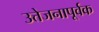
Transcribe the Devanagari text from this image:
उत्तेजनापूर्वक